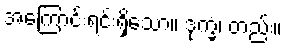
အကြောင်းရင်းရှိသော။ ဒုက္ခံ၊ တည်း။